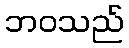
ဘဝသည်